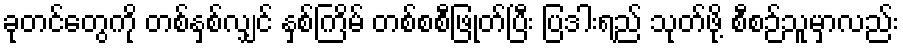
ခုတင်တွေကို တစ်နှစ်လျှင် နှစ်ကြိမ် တစ်စစီဖြုတ်ပြီး ပြဒါးရည် သုတ်ဖို့ စီစဉ်သူမှာလည်း